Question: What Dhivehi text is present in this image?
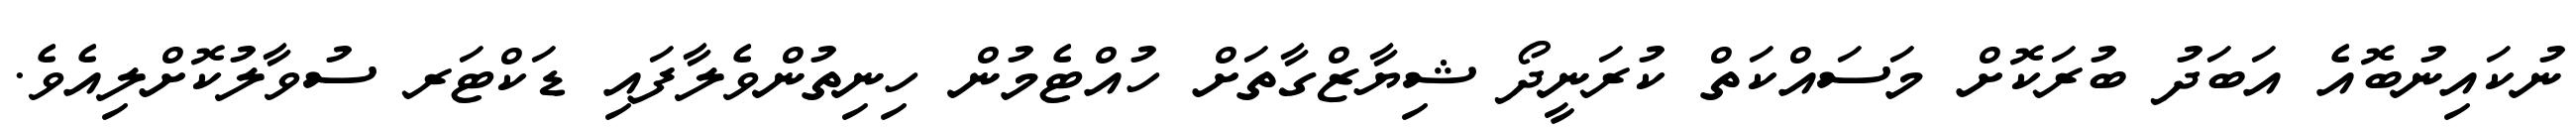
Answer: ނުކައިނުބޮއެ އަބަދު ބުރަކޮށް މަސައްކަތް ކުރަނީދޯ ޝިޔާޒްގާތަށް ހުއްޓެމުން ހިނިތުންވެލާފައި ޑަކްޓަރ ސުވާލުކޮށްލިއެވެ.